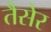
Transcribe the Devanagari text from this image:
तैसेर